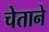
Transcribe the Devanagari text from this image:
चेताने